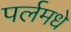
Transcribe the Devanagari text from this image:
पर्लमधे